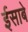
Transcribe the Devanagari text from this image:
ईसाबे